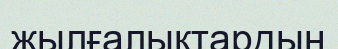
жылғалықтардың